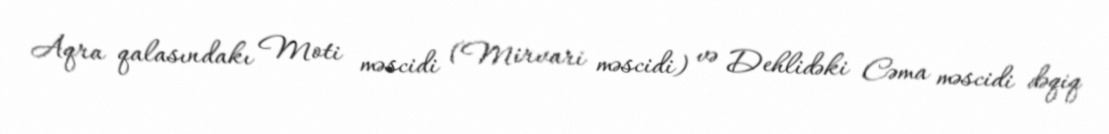
Aqra qalasındakı Moti məscidi (Mirvari məscidi) və Dehlidəki Cəma məscidi dəqiq